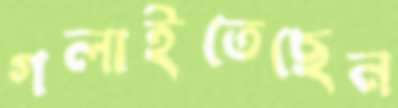
গলাইতেছেন